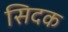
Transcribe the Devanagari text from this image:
सिदक